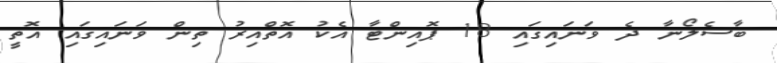
ބާސެލޯނާ ދެ ވަނައިގައި 18 ޕޮއިންޓާ އެކު އޮތްއިރު ތިން ވަނައިގައި އޮތީ